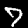
Label: 7